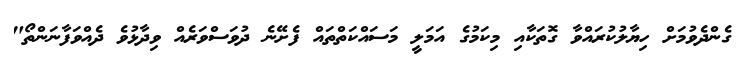
ގެންދެވުމަށް ހިޔާލުކުރައްވާ ގޮތަކާއި މިކަމުގެ އަމަލީ މަސައްކަތްތައް ފެށޭނެ ދުވަސްވަރެއް ވިދާޅުވެ ދެއްވަފާނަންތޯ"